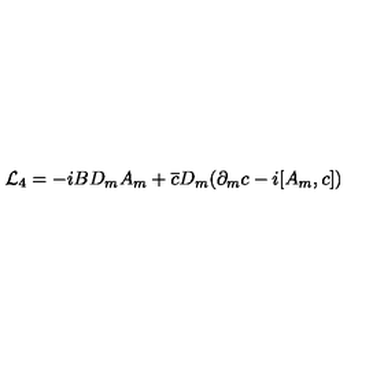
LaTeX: { \cal L } _ { 4 } = - i B D _ { m } A _ { m } + \overline { c } D _ { m } ( \partial _ { m } c - i [ A _ { m } , c ] )